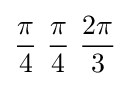
{\pi  \over 4}\ {\pi  \over 4}\ {2\pi  \over 3}